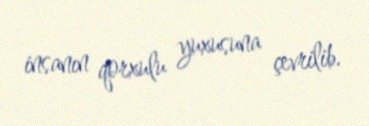
insanın qorxulu yuxusuna çevrilib.